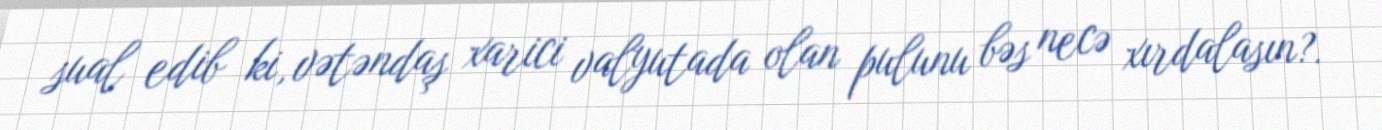
sual edib ki, vətəndaş xarici valyutada olan pulunu bəs necə xırdalasın?.